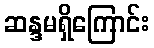
ဆန္ဒမရှိကြောင်း